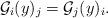
LaTeX: \begin{align*}\mathcal{G}_i(y)_j=\mathcal{G}_j(y)_i.\end{align*}